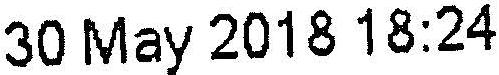
30 MAY 2018 18:24